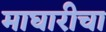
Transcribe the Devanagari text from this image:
माघारीचा